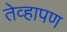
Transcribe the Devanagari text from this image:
तेव्हापण